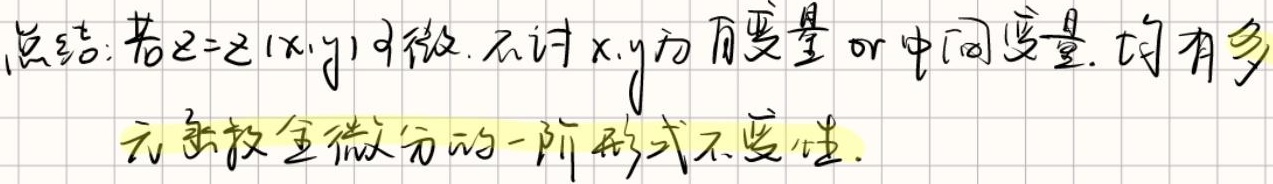
总结: 若$z = z(x,y)$可微, 不论$x,y$为自变量or中间变量, 均有多
元函数全微分的一阶形式不变性.